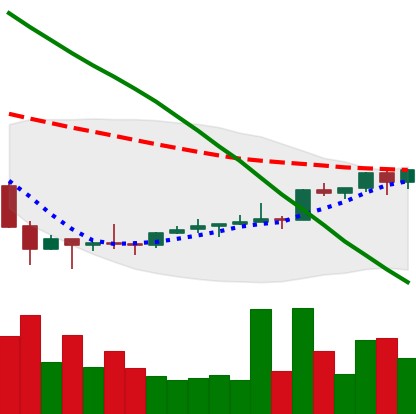
Ticker: NEO-USD
Chart end date: 2022-02-09
Forward return: -11.072%
Label: down_7plus